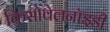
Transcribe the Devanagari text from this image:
क्रिसोवेलनॉइडी